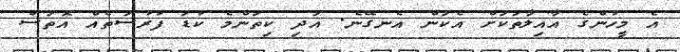
އެ މީހުންގެ އާއިލާތަކަށް އެކަން އެނގޭނެ. އަދި ކިތަންމެ ކުޑަ ފުރުސަތެއް އޮތަސް